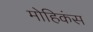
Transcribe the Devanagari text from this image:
मोहिकंस